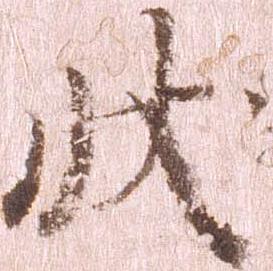
状